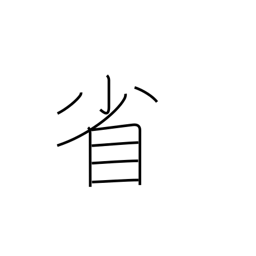
Meaning: government ministry